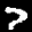
Label: 7